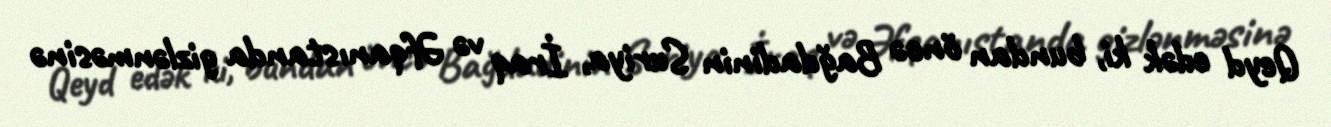
Qeyd edək ki, bundan öncə Bağdadinin Suriya, İraq və Əfqanıstanda gizlənməsinə